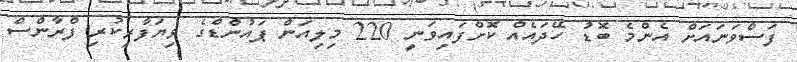
ފަސްވަނައަށް އެންމެ ބޮޑު ހޭދައެއް ކޮށްފައިވަނީ 220 މިލިއަން ޕައުންޑްގެ ވިޔަފާރިކުރި ފްރާންސް